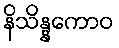
နိသိန္နကောဝ